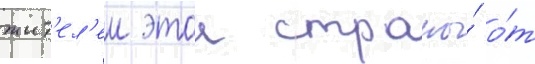
жит'ел'еи этои страны́ о́т